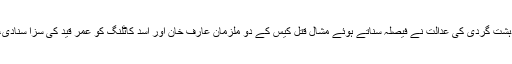
میڈیا اطلاعات کے مطابق پشاور کی انسداد دہشت گردی کی عدالت نے فیصلہ سناتے ہوئے مشال قتل کیس کے دو ملزمان عارف خان اور اسد کاٹلنگ کو عمر قید کی سزا سنادی، اس کیس میں 2 ملزمان بری کردیے گئے ۔